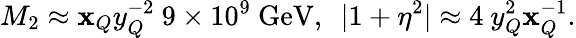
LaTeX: M_{2}\approx\mathbf{x}_{Q}y_{Q}^{-2}\ 9\times10^{9}\ \mathrm{{GeV}},\ \ |1+\eta^{2}|\approx4\ y_{Q}^{2}\mathbf{x}_{Q}^{-1}.